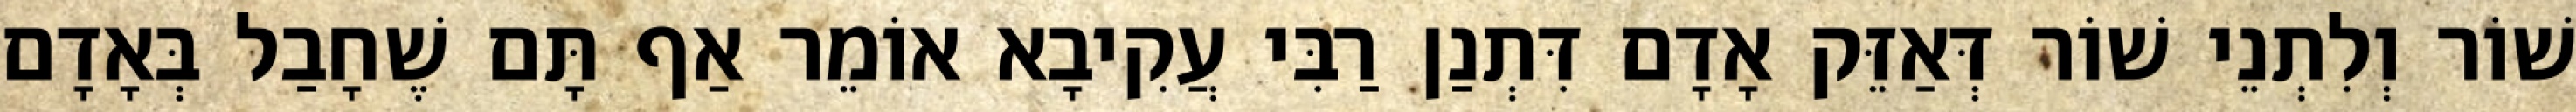
שׁוֹר וְלִתְנֵי שׁוֹר דְּאַזֵּק אָדָם דִּתְנַן רַבִּי עֲקִיבָא אוֹמֵר אַף תָּם שֶׁחָבַל בְּאָדָם